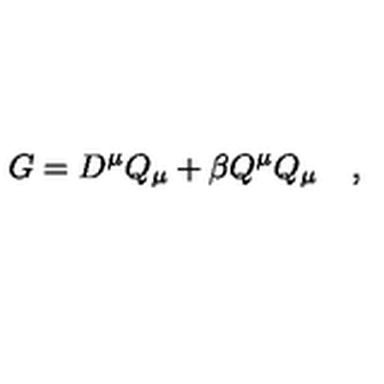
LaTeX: G = D ^ { \mu } Q _ { \mu } + \beta Q ^ { \mu } Q _ { \mu } \quad ,